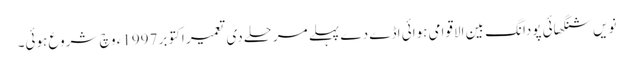
نویں شنگھائی پودانگ بین الاقوامی ہوائی اڈے دے پہلے مرحلے د‏‏ی تعمیر اکتوبر 1997ء وچ شروع ہوئی۔